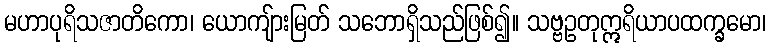
မဟာပုရိသဇာတိကော၊ ယောကျ်ားမြတ် သဘောရှိသည်ဖြစ်၍။ သဗ္ဗဥတုဣရိယာပထက္ခမော၊